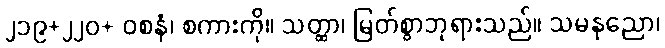
၂၁၉+၂၂၀+ ဝစနံ၊ စကားကို။ သတ္ထာ၊ မြတ်စွာဘုရားသည်။ သမနုညော၊